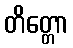
တိတ္တော